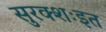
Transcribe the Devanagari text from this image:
सुरक्शःइत